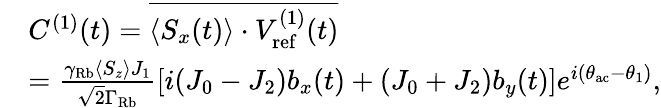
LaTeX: \begin{array}{rl}&{C^{(1)}(t)=\overline{{\langle S_{x}(t)\rangle\cdot V_{\mathrm{ref}}^{(1)}(t)}}}\\ &{=\frac{\gamma_{\mathrm{Rb}}\langle S_{z}\rangle J_{1}}{\sqrt{2}\Gamma_{\mathrm{Rb}}}\left[i(J_{0}-J_{2})b_{x}(t)+(J_{0}+J_{2})b_{y}(t)\right]e^{i(\theta_{\mathrm{ac}}-\theta_{1})},}\end{array}